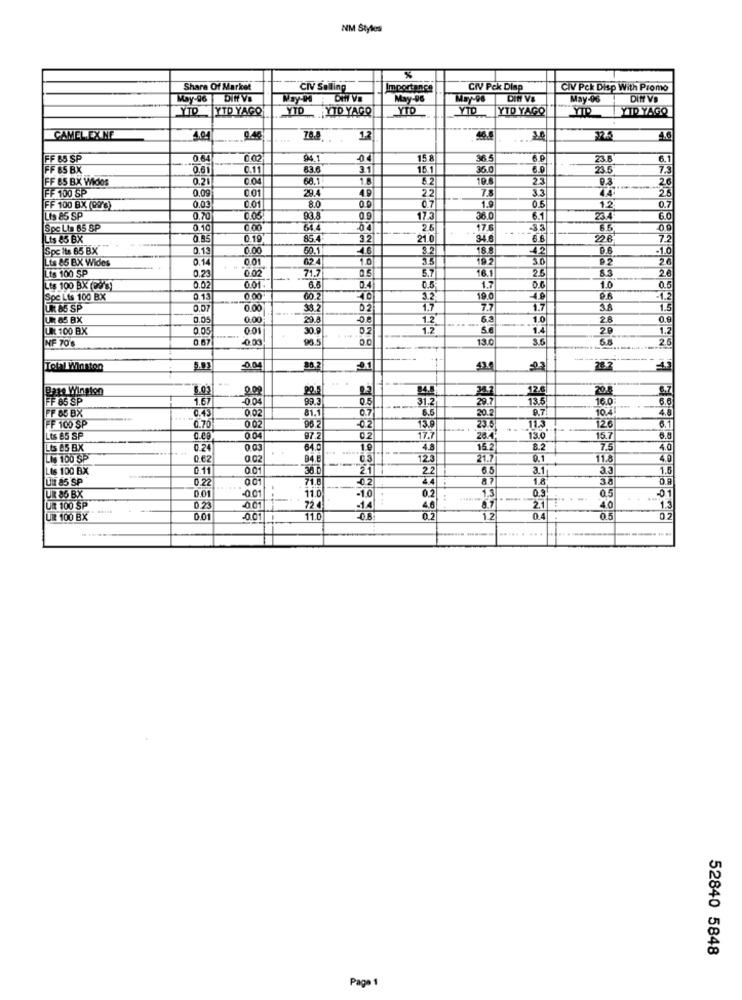
NM Styles
%
Share Of Market
CIV Salling
Importance
CIV Pck Diap
CIV Pck Disp With Promo
May-96
DIN VE
May-96
May-96
DIN VE
May-06
DIN VD
YTP YTD YAGO
YTD YTD YAGO
YTD
YTD
YTD YAGO
YIP
YID YAGO
CAMEL.EX NE
4.94
70.8
12
46.6
4.6
FF 65 SP
0.64
0.02
94.1
-04
15 8
36
23.8
6.1
FF 65 BX
0.61
83.6
3.1
15.1
35.0
6.0
23.5
FF 85 B.X Vidos
0.21
0.04
68.1
52
19.8
2.3
0,3
2.6
FF 100 SP
0.0g
001
29.4
49
22
7.8
3.3
44
25
Lis 85 SP
FF 100 BX (999)
0.03
0.01
8.0
0.7
1.9
0.5
12
0.7
0.70
93.8
36 0
6.1
23.4
6.0
Spc Lis 65 SP
0.10
64.4
.04
26
176
.33
0.9
Lts 85 BX
0.85
85.4
3.2
21 0
34.6
6.6
22B
7.
Spc its 65 BX
0.13
0.00
50.1
4.6
18.8
42
-1.0
Lts 85 BX Wides
0.14
0.01.
624
3.5
192
3D
P2
26
Lts 100 SP
0.23
0.02
71.7
16.1
83
26
6.6
5.7
1.7
0.6
0.5
Lts 100 Bx (29's)
0.02
0.01.
0.4
0.5
1.0
Spc Lis 100 BX
0.13
0.00
40
3.2
19.0
4.9
UN 85 SP
0.00
38.2
02
1.7
7.7
1.7
3.6
1.5
0.05
0.00
29.8
1.2
1.0
UK 100 BX
0.05
0.01
30.9
0.2
1.2
1.4
20
1.2
NF 70'%
0.67
-0.03
. ....
13.0
3.5
5.8
2.5
---
Total Winston
5.93
-0.04
0.3
28.7
. .
Base Winston
5.02
0.00
22.5
36.7
12.6
204
FF 65 SP
1.67
-0.04
99.3
0.5
31.2
29.7
13.5
16.0
6.6
FF 85 BX
0.49
0 02
81.5
0.7
---
20.2
9.7
104
4.8
FF 100 SP
002
90 2
157
126
0.70
02
23.6
11.3
LES 85 SP
004
97.2
02
17.
26.4.
13.0
15.7
6.5
LES 65 BX
0.24
64.0
1º
4.8
15.2
8.2
7.5
4.0
Lis 100 SP
0.62
0.02
B4.
03
12.
21.7
0.1
4.0
Lis 100 BX
0.11
21
22
65
3.1
33
1.6
Un 85 SP
0.22
001
71.8
0.2
24
8.7
1.8
3.
0.01
.. ...
-0 01
-1.0
0.2
0.3
05
-01
UR 86 BX
11.0
UR 100 SP
0.73
001
72.4
-14
4.6
8.7
40
UIR 100 BX
0.01
-0.01
11.0
02
0.4
0.5
02
.. ...
52840 5848
Page 1